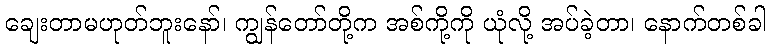
ချေးတာမဟုတ်ဘူးနော်၊ ကျွန်တော်တို့က အစ်ကို့ကို ယုံလို့ အပ်ခဲ့တာ၊ နောက်တစ်ခါ